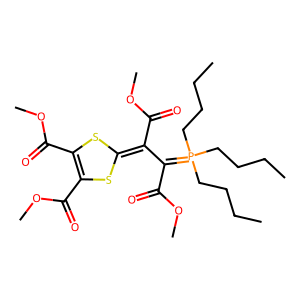
SMILES: CCCCP(CCCC)(CCCC)=C(C(=O)OC)C(C(=O)OC)=C1SC(C(=O)OC)=C(C(=O)OC)S1
Inhibits HIV replication: No